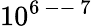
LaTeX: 10^{6\mathrm{~--~}7}